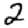
Digit: 2